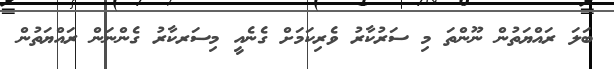
ބަލަ ރައްޔަތުން ނޫންތަ މި ސަރުކާރު ވެރިކަމަށް ގެނެއީ މިސަރކާރު ގެންނަން ރައްޔަތުން